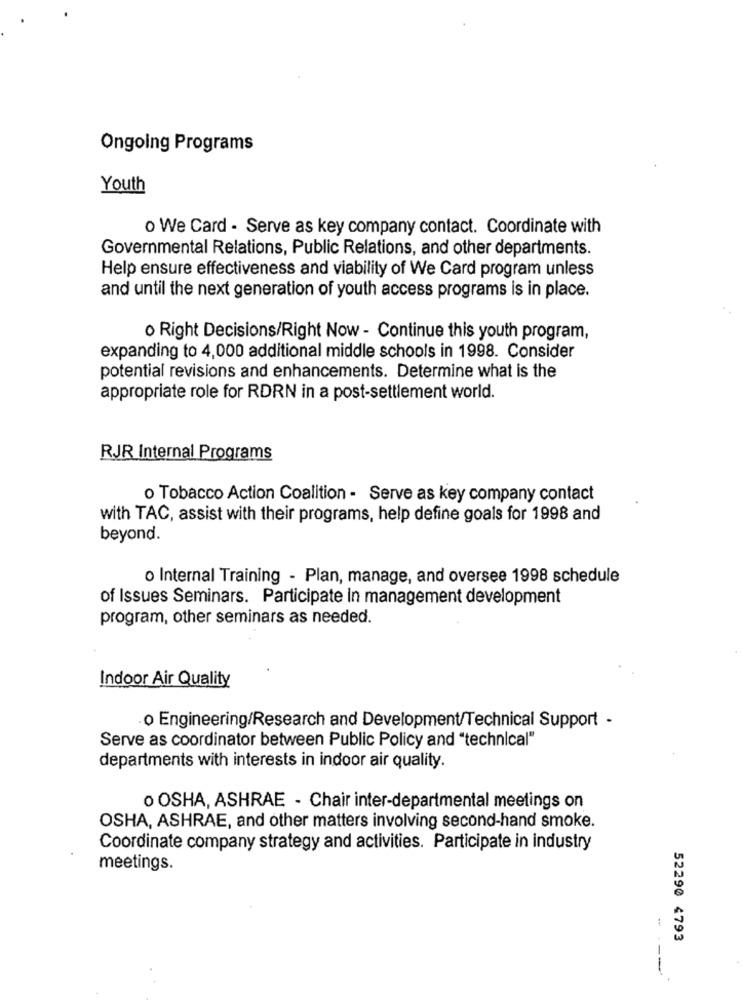
Ongoing Programs
Youth
o We Card - Serve as key company contact. Coordinate with
Governmental Relations, Public Relations, and other departments.
Help ensure effectiveness and viability of We Card program unless
and until the next generation of youth access programs is in place.
o Right Decisions/Right Now - Continue this youth program,
expanding to 4,000 additional middle schools in 1998. Consider
potential revisions and enhancements. Determine what is the
appropriate role for RDRN in a post-settlement world.
RJR Internal Programs
o Tobacco Action Coalition - Serve as key company contact
with TAC, assist with their programs, help define goals for 1998 and
beyond.
o Internal Training - Plan, manage, and oversee 1998 schedule
of Issues Seminars. Participate in management development
program, other seminars as needed.
Indoor Air Quality
o Engineering/Research and Development/Technical Support -
Serve as coordinator between Public Policy and "technical"
departments with interests in indoor air quality.
o OSHA, ASHRAE - Chair inter-departmental meetings on
OSHA, ASHRAE, and other matters involving second-hand smoke.
Coordinate company strategy and activities. Participate in industry
meetings.
52290 4793
---